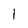
Character: l